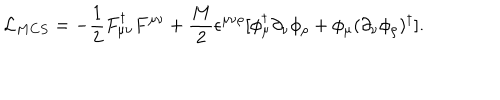
LaTeX: { \cal L } _ { M C S } = - \frac { 1 } { 2 } F _ { \mu \nu } ^ { \dagger } F ^ { \mu \nu } + \frac { M } { 2 } \epsilon ^ { \mu \nu \rho } [ \phi _ { \mu } ^ { \dagger } \partial _ { \nu } \phi _ { \rho } + \phi _ { \mu } ( \partial _ { \nu } \phi _ { \rho } ) ^ { \dagger } ] .